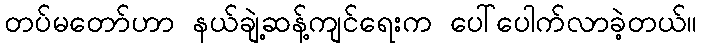
တပ်မတော်ဟာ နယ်ချဲ့ဆန့်ကျင်ရေးက ပေါ်ပေါက်လာခဲ့တယ်။